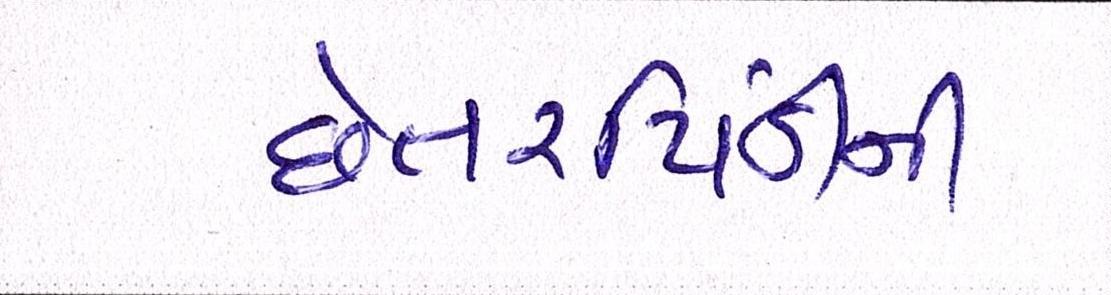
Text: છેતરપિંડીની